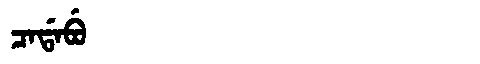
Manchu: ᠴᠠᡩᠠᠪᡠ
Romanization: CADABU